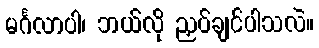
မင်္ဂလာပါ၊ ဘယ်လို ညှပ်ချင်ပါသလဲ။